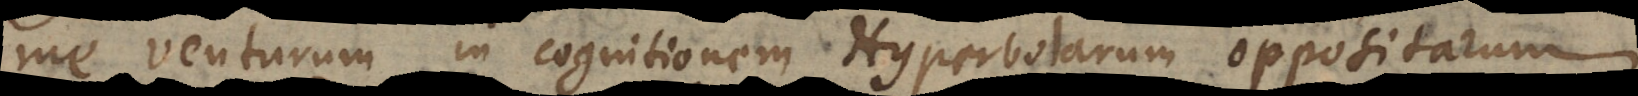
me venturum in cognitionem Hyperbolarum oppositarum,